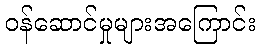
ဝန်ဆောင်မှုများအကြောင်း